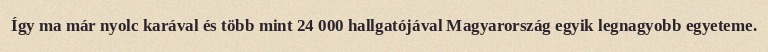
Így ma már nyolc karával és több mint 24 000 hallgatójával Magyarország egyik legnagyobb egyeteme.